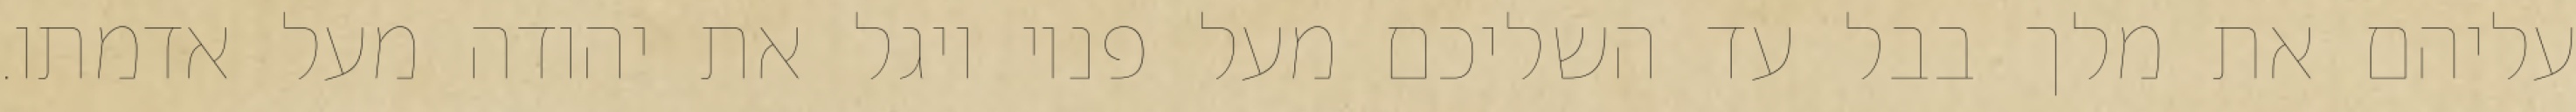
עליהם את מלך בבל עד השליכם מעל פניו ויגל את יהודה מעל אדמתו.